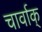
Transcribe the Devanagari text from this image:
चार्वाक्